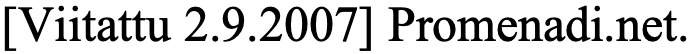
[Viitattu 2.9.2007] Promenadi.net.